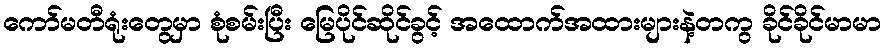
ကော်မတီရုံးတွေမှာ စုံစမ်းပြီး မြေပိုင်ဆိုင်ခွင့် အထောက်အထားများနဲ့တကွ ခိုင်ခိုင်မာမာ